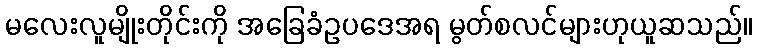
မလေးလူမျိုးတိုင်းကို အခြေခံဥပဒေအရ မွတ်စလင်များဟုယူဆသည်။